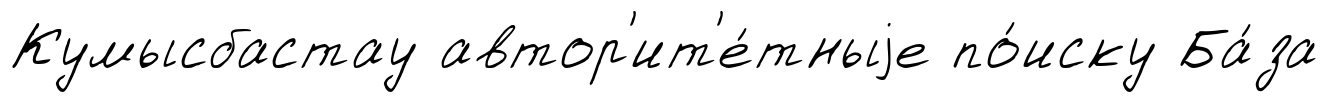
Кумысбастау автор'ит'е́тныjе по́иску Ба́за